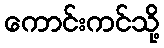
ကောင်းကင်သို့